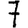
Digit: 7